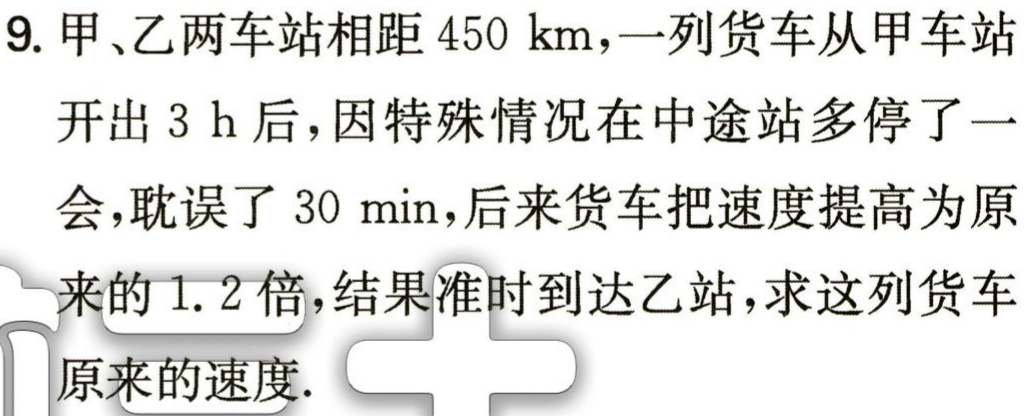
9. 甲、乙两车站相距 \(450\ \text{km}\)，一列货车从甲车站开出 \(3\ \text{h}\) 后，因特殊情况在中途站多停了一会，耽误了 \(30\ \text{min}\)，后来货车把速度提高为原来的 \(1.2\) 倍，结果准时到达乙站，求这列货车原来的速度.